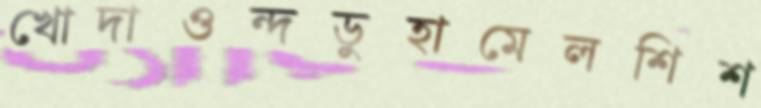
খোদাওন্দডুহামেলশিশ